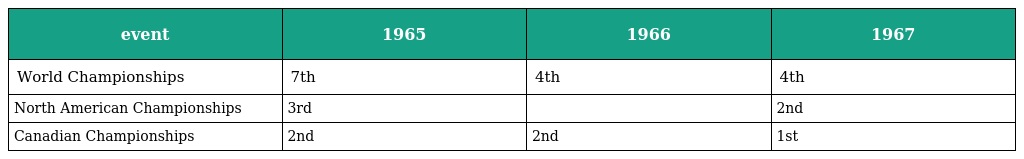
| event | 1965 | 1966 | 1967 |
 | --- | --- | --- | --- |
 | World Championships | 7th | 4th | 4th |
 | North American Championships | 3rd |  | 2nd |
 | Canadian Championships | 2nd | 2nd | 1st |